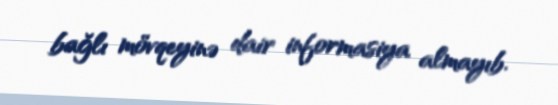
bağlı mövqeyinə dair informasiya almayıb.